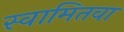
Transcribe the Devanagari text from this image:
स्वामितवा